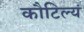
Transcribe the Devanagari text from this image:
कौटिल्यं